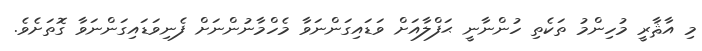
މި އާޘާރީ މުހިންމު ތަކެތި ހުންނާނީ ޙަފްލާއަށް ވަޑައިގަންނަވާ މެހްމާނުންނަށް ފެނިވަޑައިގަންނަވާ ގޮތަށެވެ.